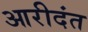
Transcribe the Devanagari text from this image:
आरीदंत